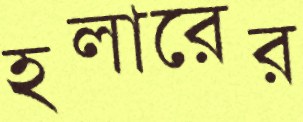
হলারের